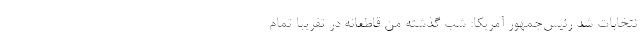
نتخابات شد رئیس‌جمهور آمریکا: شب گذشته من قاطعانه در تقریباً تمام